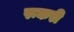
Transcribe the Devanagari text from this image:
रूकरी